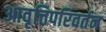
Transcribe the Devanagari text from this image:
आवृत्तिपरिवर्तन